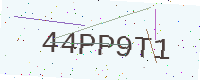
Text: 44PP9T1